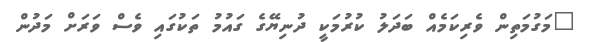
"މަގުމަތިން ވެރިކަމެއް ބަދަލު ކުރުމަކީ ދުނިޔޭގެ ގައުމު ތަކުގައި ވެސް ވަރަށް މަދުން